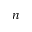
n